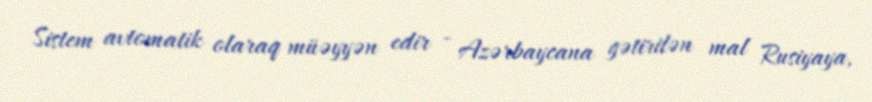
Sistem avtomatik olaraq müəyyən edir - Azərbaycana gətirilən mal Rusiyaya,